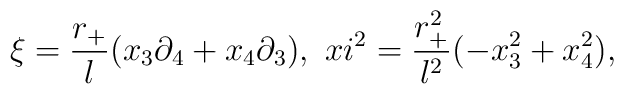
\xi =\frac{r_+}{l} (x_{3} \partial_{4} + x_4 \partial_{3}), \ \ \\xi^2=\frac{r_+^2}{l^2}(-x_{3}^2+x_4^2),